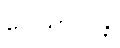
ဂေါသာလန္တိ